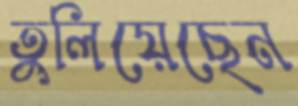
তুলিয়েছেন